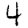
Digit: 4